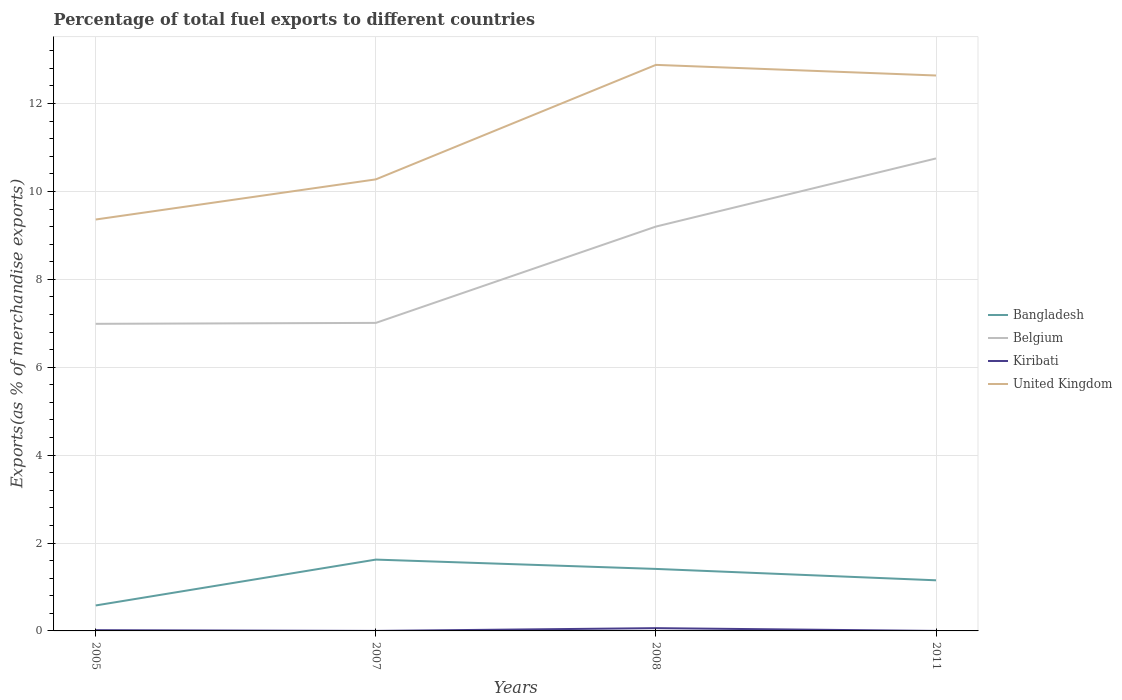
| Years | Bangladesh | Belgium | Kiribati | United Kingdom |
 | --- | --- | --- | --- | --- |
 | 2005 | 0.579 | 6.99 | 0.0171 | 9.36 |
 | 2007 | 1.62 | 7.01 | 0.000246 | 10.3 |
 | 2008 | 1.41 | 9.2 | 0.0629 | 12.9 |
 | 2011 | 1.15 | 10.8 | 0.000116 | 12.6 |